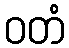
ဝတံ